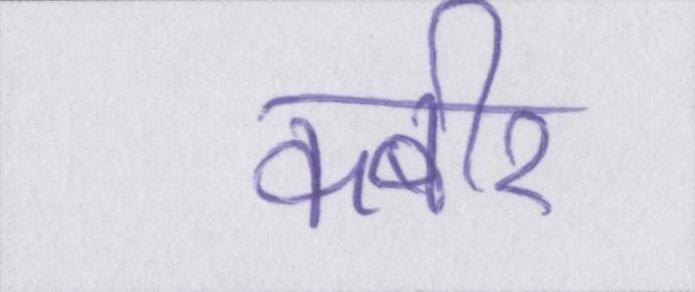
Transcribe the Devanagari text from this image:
कबीर